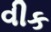
વીક